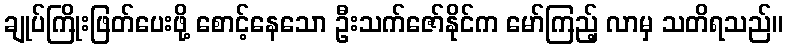
ချုပ်ကြိုးဖြတ်ပေးဖို့ စောင့်နေသော ဦးသက်ဇော်နိုင်က မော်ကြည့် လာမှ သတိရသည်။